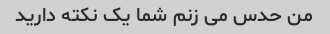
من حدس می زنم شما یک نکته دارید